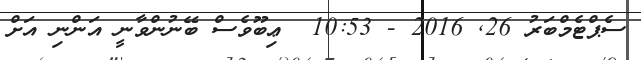
ސެޕްޓެމްބަރު 26